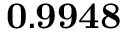
\mathbf { 0 . 9 9 4 8 }